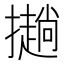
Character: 𢸋